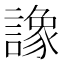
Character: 𧬛